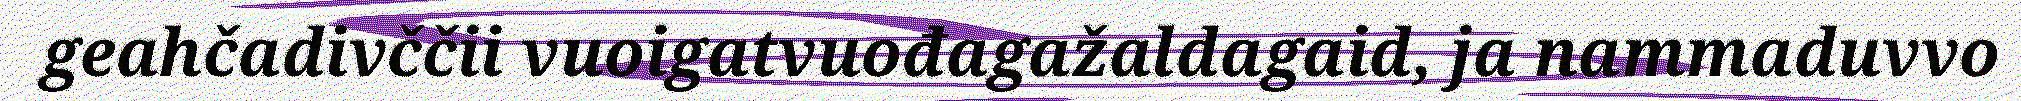
geahčadivččii vuoigatvuođagažaldagaid, ja nammaduvvo